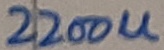
Text: 2200U